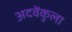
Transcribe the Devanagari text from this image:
अदवेंकुला